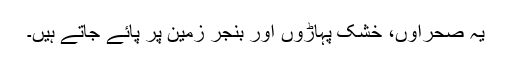
یہ صحراؤں، خشک پہاڑوں اور بنجر زمین پر پائے جاتے ہیں۔